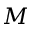
{ \cal M }